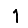
Digit: 1